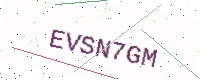
Text: EVSN7GM